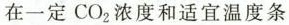
在一定C O_{2}浓度和适宜温度条